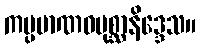
ကပ္ပမာဏဝပုစ္ဆာနိဒ္ဒေသ။